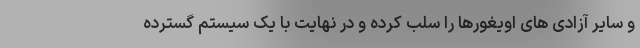
و سایر آزادی های اویغورها را سلب کرده و در نهایت با یک سیستم گسترده